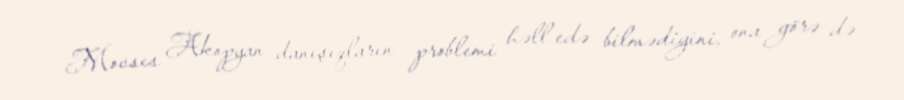
Movses Akopyan danışıqların problemi həll edə bilmədiyini, ona görə də